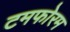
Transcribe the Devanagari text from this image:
टमफोरम